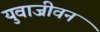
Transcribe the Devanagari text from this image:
युवाजीवन